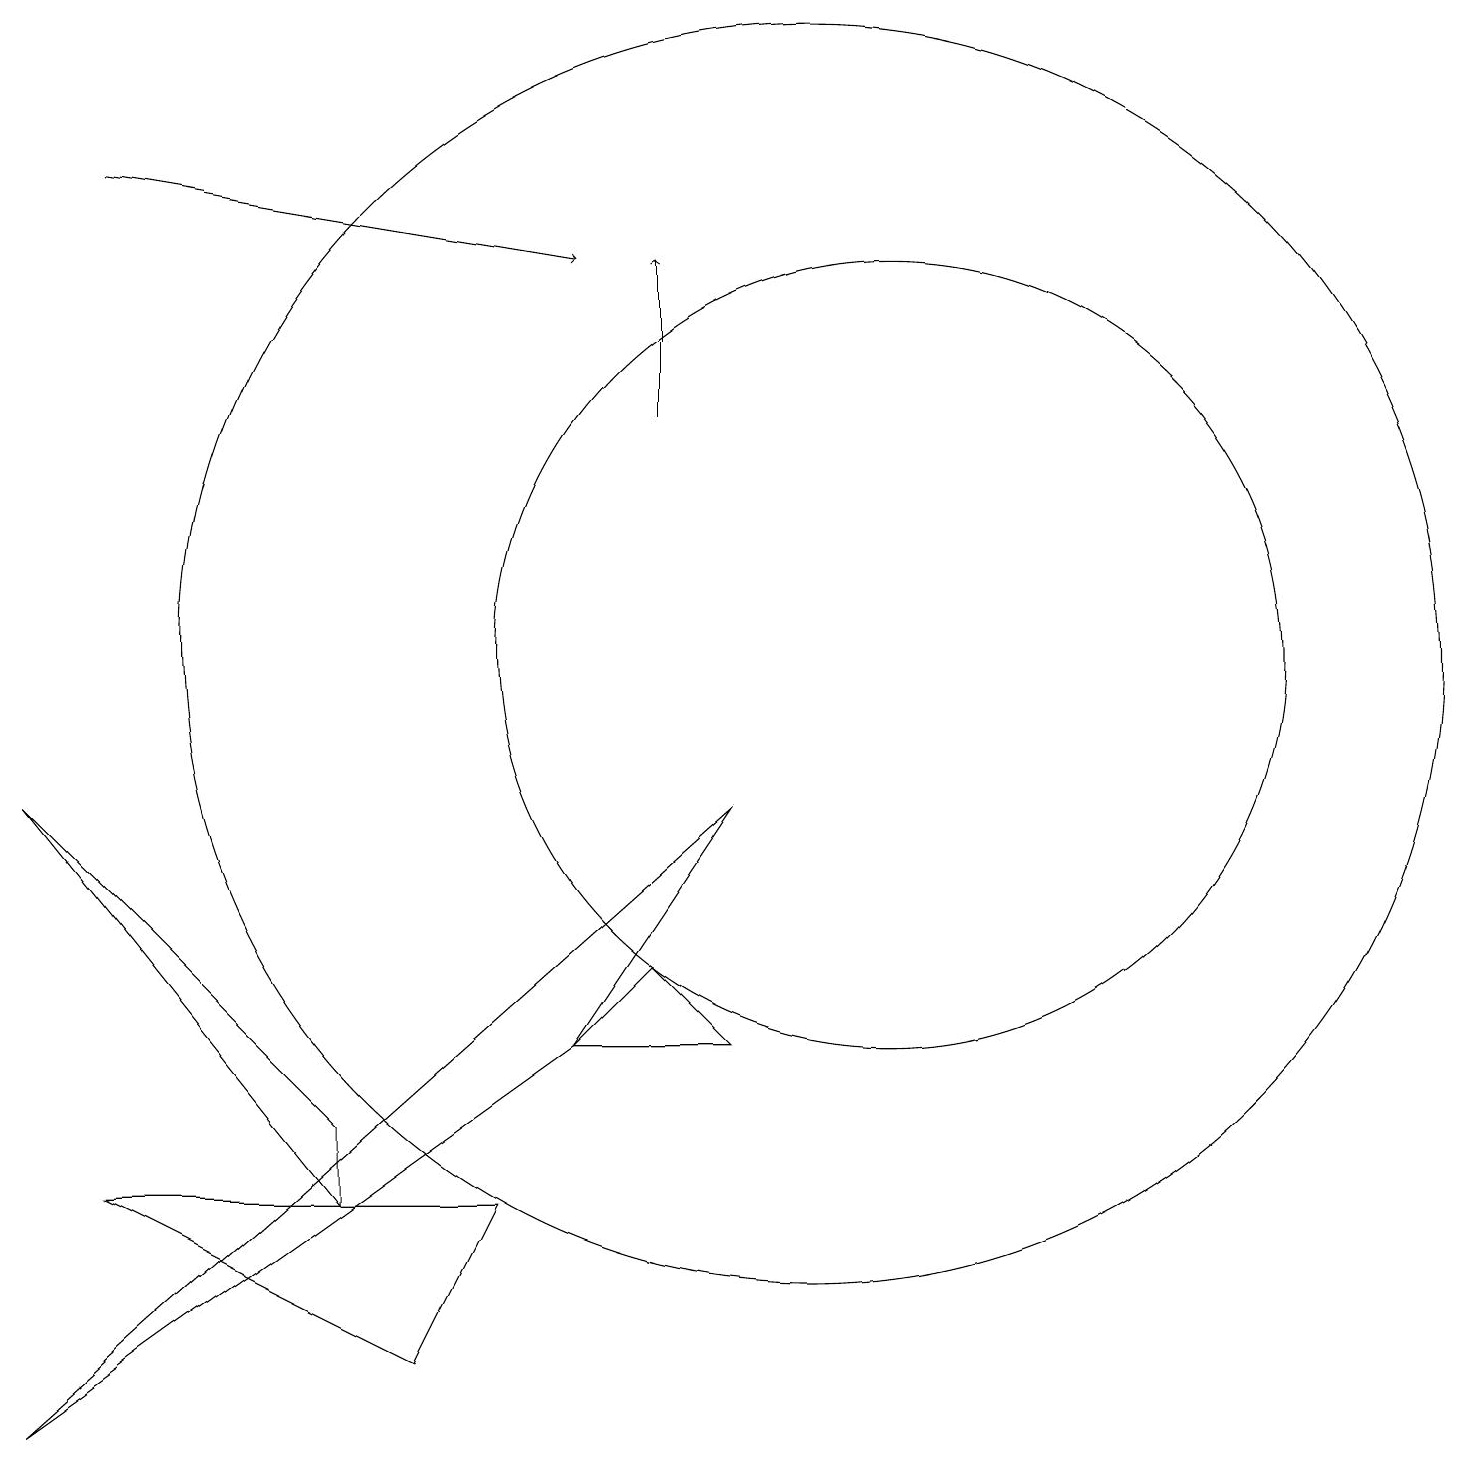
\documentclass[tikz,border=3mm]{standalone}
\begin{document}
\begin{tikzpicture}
\draw[->] (8,14) -- (8,16);
\draw (0,1) -- (9,9) -- (7,6) -- cycle;
\draw (10,11) circle (8);
\draw (0,9) -- (4,4) -- (4,5) -- cycle;
\draw (8,7) -- (9,6) -- (7,6) -- cycle;
\draw (1,4) -- (6,4) -- (5,2) -- cycle;
\draw (11,11) circle (5);
\draw[->] (1,17) -- (7,16);
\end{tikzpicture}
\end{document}